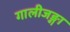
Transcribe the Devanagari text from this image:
गालीजङ्गा